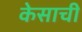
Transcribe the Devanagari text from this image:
केसाची